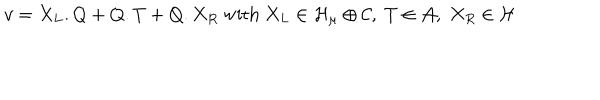
LaTeX: v = X _ { L } . Q + Q . T + Q . X _ { R } \mathrm { ~ w i t h ~ } X _ { L } \in { \cal H } _ { \mu } \oplus { \cal C } , \; T \in { \cal A } , \; X _ { R } \in \cal H